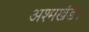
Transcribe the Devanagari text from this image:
अश्मखंड।